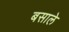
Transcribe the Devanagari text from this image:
बसाले